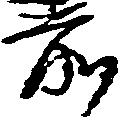
前